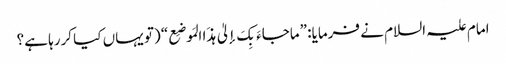
امام علیہ السلام نے فرمایا: ”ماجاءَ بِکَ إلیٰ ہذَا المَوضِع“ (تو یہاں کیا کررہا ہے؟